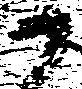
尉